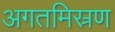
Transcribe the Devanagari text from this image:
अगतमिस्रण